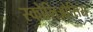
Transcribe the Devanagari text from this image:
स्कोलिओसिस